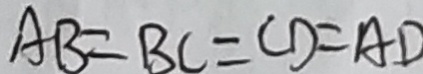
A B = B C = C D = A D